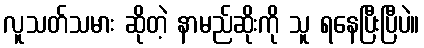
လူသတ်သမား ဆိုတဲ့ နာမည်ဆိုးကို သူ ရနေပြီးပြီပဲ။